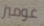
غوميز